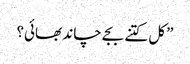
”کل کتنے بجے چاند بھائی؟